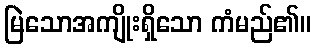
မြဲသောအကျိုးရှိသော ကံမည်၏။